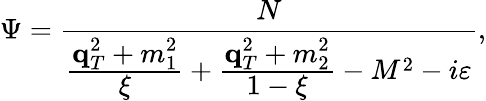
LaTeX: \Psi=\frac{\displaystyle N}{\frac{\displaystyle\mathrm{\mathbf q}_{T}^{2}+m_{1}^{2}}{\displaystyle\xi}+\frac{\displaystyle\mathrm{\mathbf q}_{T}^{2}+m_{2}^{2}}{\displaystyle 1-\xi}-M^{2}-i\varepsilon},